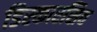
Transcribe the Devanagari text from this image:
डिस्कारसिव